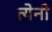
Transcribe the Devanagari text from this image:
त्येनी